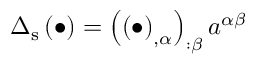
\Delta _ { \mathrm { s } } \left( \bullet \right) = \left( \left( \bullet \right) _ { , \alpha } \right) _ { : \beta } a ^ { \alpha \beta }